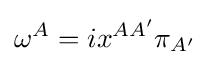
\omega ^{A}=ix^{AA'}\pi _{A'}